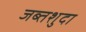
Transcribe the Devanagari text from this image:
जब्तशुदा